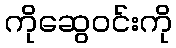
ကိုဆွေဝင်းကို